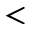
<